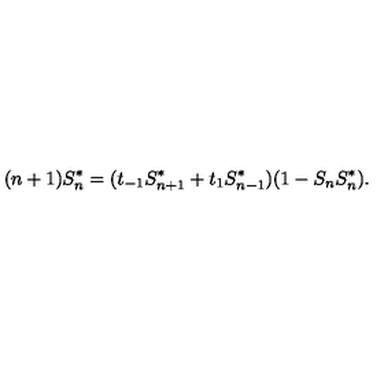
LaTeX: ( n + 1 ) S _ { n } ^ { * } = ( t _ { - 1 } S _ { n + 1 } ^ { * } + t _ { 1 } S _ { n - 1 } ^ { * } ) ( 1 - S _ { n } S _ { n } ^ { * } ) .